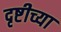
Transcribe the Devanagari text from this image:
दृष्टीच्या